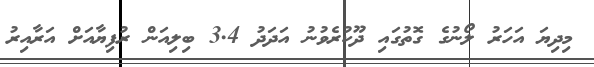
މިދިޔަ އަހަރު ލޯނުގެ ގޮތުގައި ދޫކުރެވުނު އަދަދު 3.4 ބިލިއަން ރުފިޔާއަށް އަރާއިރު